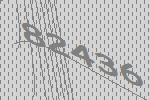
82436